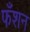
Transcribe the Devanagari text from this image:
फँशन